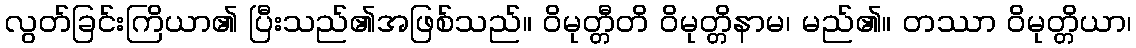
လွတ်ခြင်းကြိယာ၏ ပြီးသည်၏အဖြစ်သည်။ ဝိမုတ္တီတိ ဝိမုတ္တိနာမ၊ မည်၏။ တဿာ ဝိမုတ္တိယာ၊